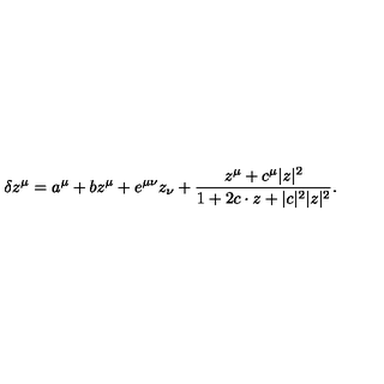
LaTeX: \delta z ^ { \mu } = a ^ { \mu } + b z ^ { \mu } + e ^ { \mu \nu } z _ { \nu } + \frac { z ^ { \mu } + c ^ { \mu } | z | ^ { 2 } } { 1 + 2 c \cdot z + | c | ^ { 2 } | z | ^ { 2 } } .